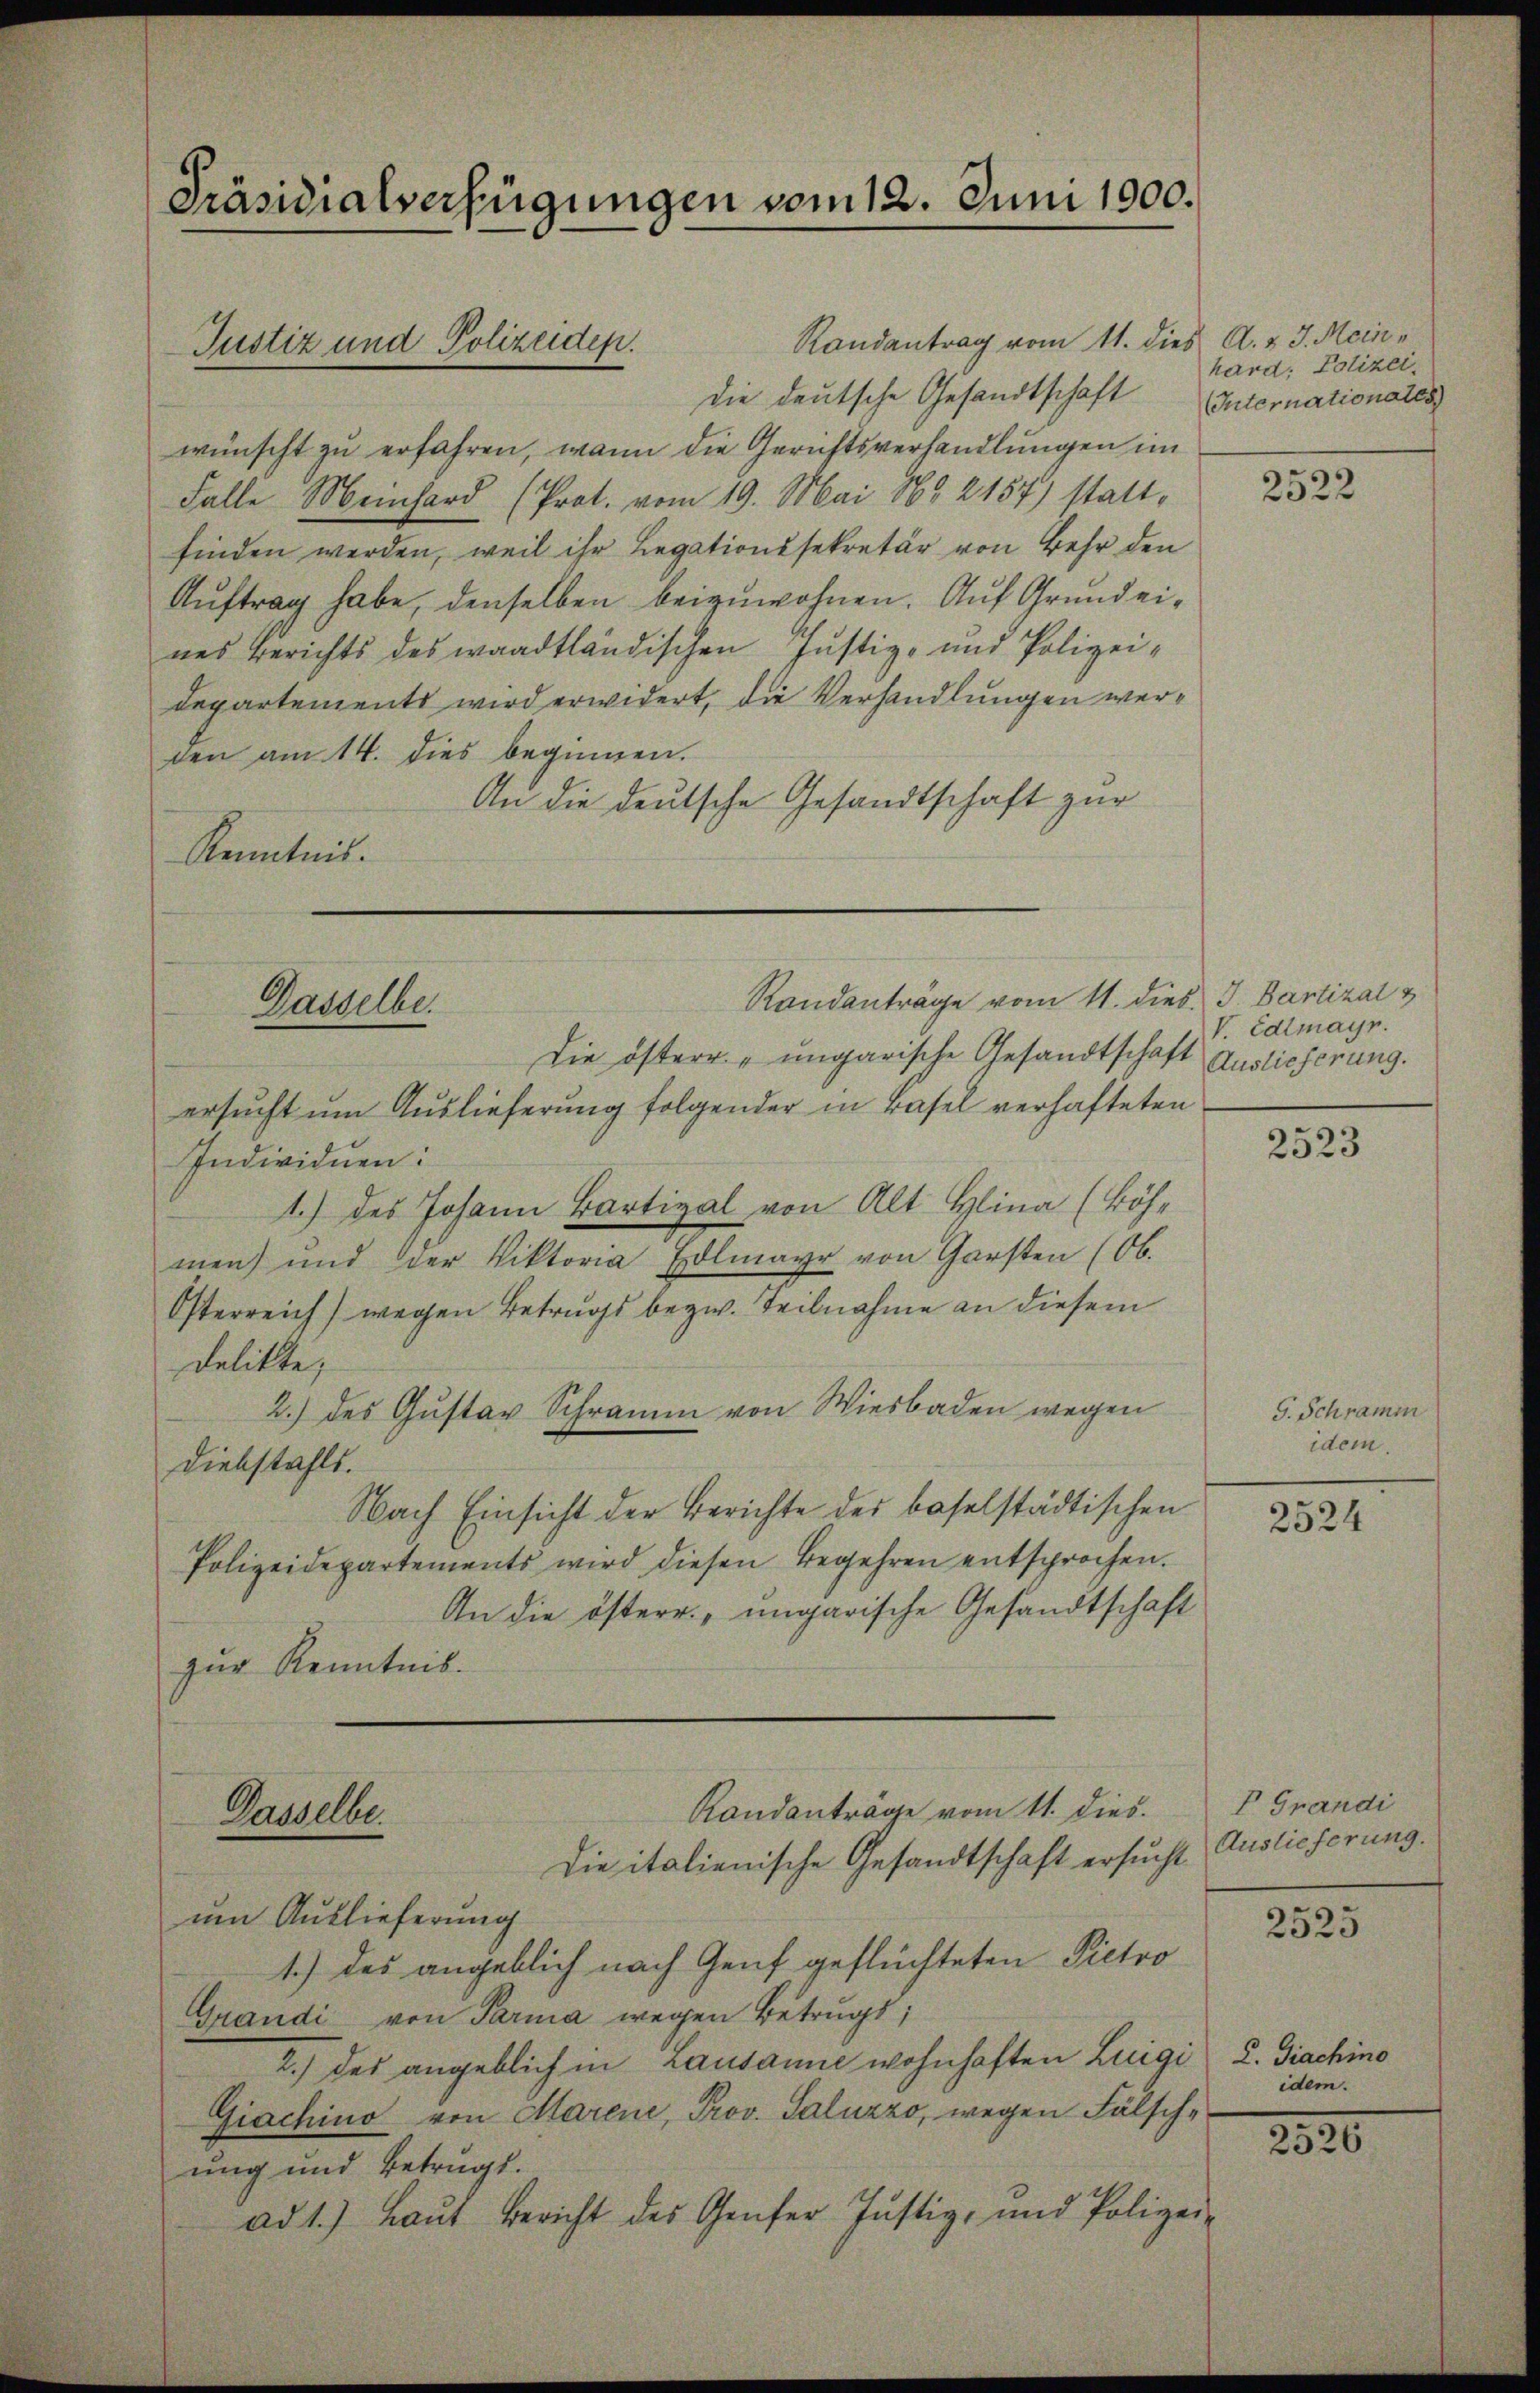
Randantrag vom 11. dies A. v. J. Mein
die deutsche Gesandtschaft
wünscht zu erfahren, wann die Gerichtsverhandlungen im
Falle Meinhard (Prot. vom 19. Mai 1868 2157) stattfinden werden, weil ihr Legationssekretär von Behr den
Auftrag habe, denselben beizuwohnen. Auf Grund eines Berichts des waadtländischen Justiz- und Polizeidepartements wird erwidert, die Verhandlungen werden am 14. dies beginnen.
An die deutsche Gesandtschaft zur
Rumtnit.

Präsidialverfügungen vom 12. Juni 1900.

Justiz und Polizeiden.

Dasselbe.

Randanträge vom 11. dies J. Bartizal &

Die österr. ungarische Gesandtschaft Auslieferung.
ersucht um Auslieferung folgender in Basel verhafteten
Individuen:
1.) des Johann Bartizal von Alt Hlina (Böhmen) und der Viktoria Edlmayr von Garsten (Ob.
Österreich) wegen Betrugs bezw. Teilnahme an diesem
Delikte,
2.) des Gustav Schramm von Wiesbaden wegen
Diebstahls.
Nach Einsicht der Berichte der baselstädtischen
Polizeidepartements wird diesen Begehren entsprochen.
An die österr. ungarische Gesandtschaft
zur Kenntnis.
Randantrage vom 11. Dies
Ganelle
Die italienische Gesandtschaft ersucht Auslieferung.
um Auslieferung
1.) Das angeblich nach Genf geflüchteten Pietro
Grandi von Parma wegen Betrugs;
2.) des angeblich in Lausanne wohnhaften Luigi
Giachino von Marene, Prov. Saluzzo, wegen Fälschung und Betrugs.
ad 1.) Laut Bericht des Genfer Justiz, und Polizei-

hard. Polizei.
Internationates)

2522

V. Edtmayr.

2523

G. Schramm
idem.

2524

V Grandi

2525

L. Giachino
idem.

2520